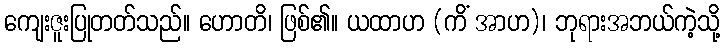
ကျေးဇူးပြုတတ်သည်။ ဟောတိ၊ ဖြစ်၏။ ယထာဟ (ကိံ အာဟ)၊ ဘုရားအဘယ်ကဲ့သို့